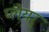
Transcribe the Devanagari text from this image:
प्लेयर्